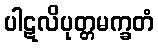
ပါဋလိပုတ္တမက္ခတံ